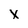
Character: X